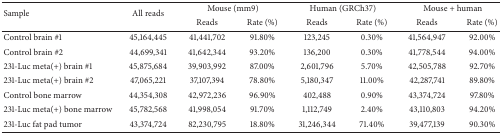
<table><thead><tr><td rowspan="2"><b>Sample</b></td><td rowspan="2"><b>All reads</b></td><td colspan="2"><b>Mouse (mm9)</b></td><td colspan="2"><b>Human (GRCh37)</b></td><td colspan="2"><b>Mouse + human</b></td></tr><tr><td><b>Reads</b></td><td><b>Rate (%)</b></td><td><b>Reads</b></td><td><b>Rate (%)</b></td><td><b>Reads</b></td><td><b>Rate (%)</b></td></tr></thead><tbody><tr><td>Control brain #1</td><td>45,164,445</td><td>41,441,702</td><td>91.80%</td><td>123,245</td><td>0.30%</td><td>41,564,947</td><td>92.00%</td></tr><tr><td>Control brain #2</td><td>44,699,341</td><td>41,642,344</td><td>93.20%</td><td>136,200</td><td>0.30%</td><td>41,778,544</td><td>94.00%</td></tr><tr><td>231-Luc meta(+) brain #1</td><td>45,875,684</td><td>39,903,992</td><td>87.00%</td><td>2,601,796</td><td>5.70%</td><td>42,505,788</td><td>92.70%</td></tr><tr><td>231-Luc meta(+) brain #2</td><td>47,065,221</td><td>37,107,394</td><td>78.80%</td><td>5,180,347</td><td>11.00%</td><td>42,287,741</td><td>89.80%</td></tr><tr><td>Control bone marrow</td><td>44,354,308</td><td>42,972,236</td><td>96.90%</td><td>402,488</td><td>0.90%</td><td>43,374,724</td><td>97.80%</td></tr><tr><td>231-Luc meta(+) bone marrow</td><td>45,782,568</td><td>41,998,054</td><td>91.70%</td><td>1,112,749</td><td>2.40%</td><td>43,110,803</td><td>94.20%</td></tr><tr><td>231-Luc fat pad tumor</td><td>43,374,724</td><td>82,230,795</td><td>18.80%</td><td>31,246,344</td><td>71.40%</td><td>39,477,139</td><td>90.30%</td></tr></tbody></table>